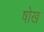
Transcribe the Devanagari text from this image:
षोख